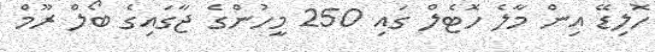
ހޮލިޑޭ އިން މާލެ ހޮޓެލް ގައި 250 މީހުންގެ ޖާގައިގެ ބޯލް ރޫމް